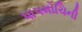
પાપમોચિની